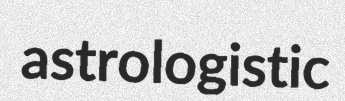
astrologistic